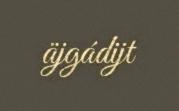
äjgádijt